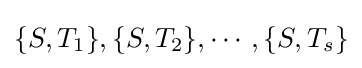
\{S,T_{1}\},\{S,T_{2}\},\cdots ,\{S,T_{s}\}